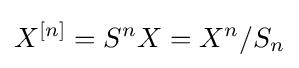
X^{[n]}=S^{n}X=X^{n}/S_{n}